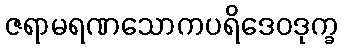
ဇရာမရဏသောကပရိဒေဝဒုက္ခ